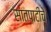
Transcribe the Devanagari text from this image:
सातपाटीचे